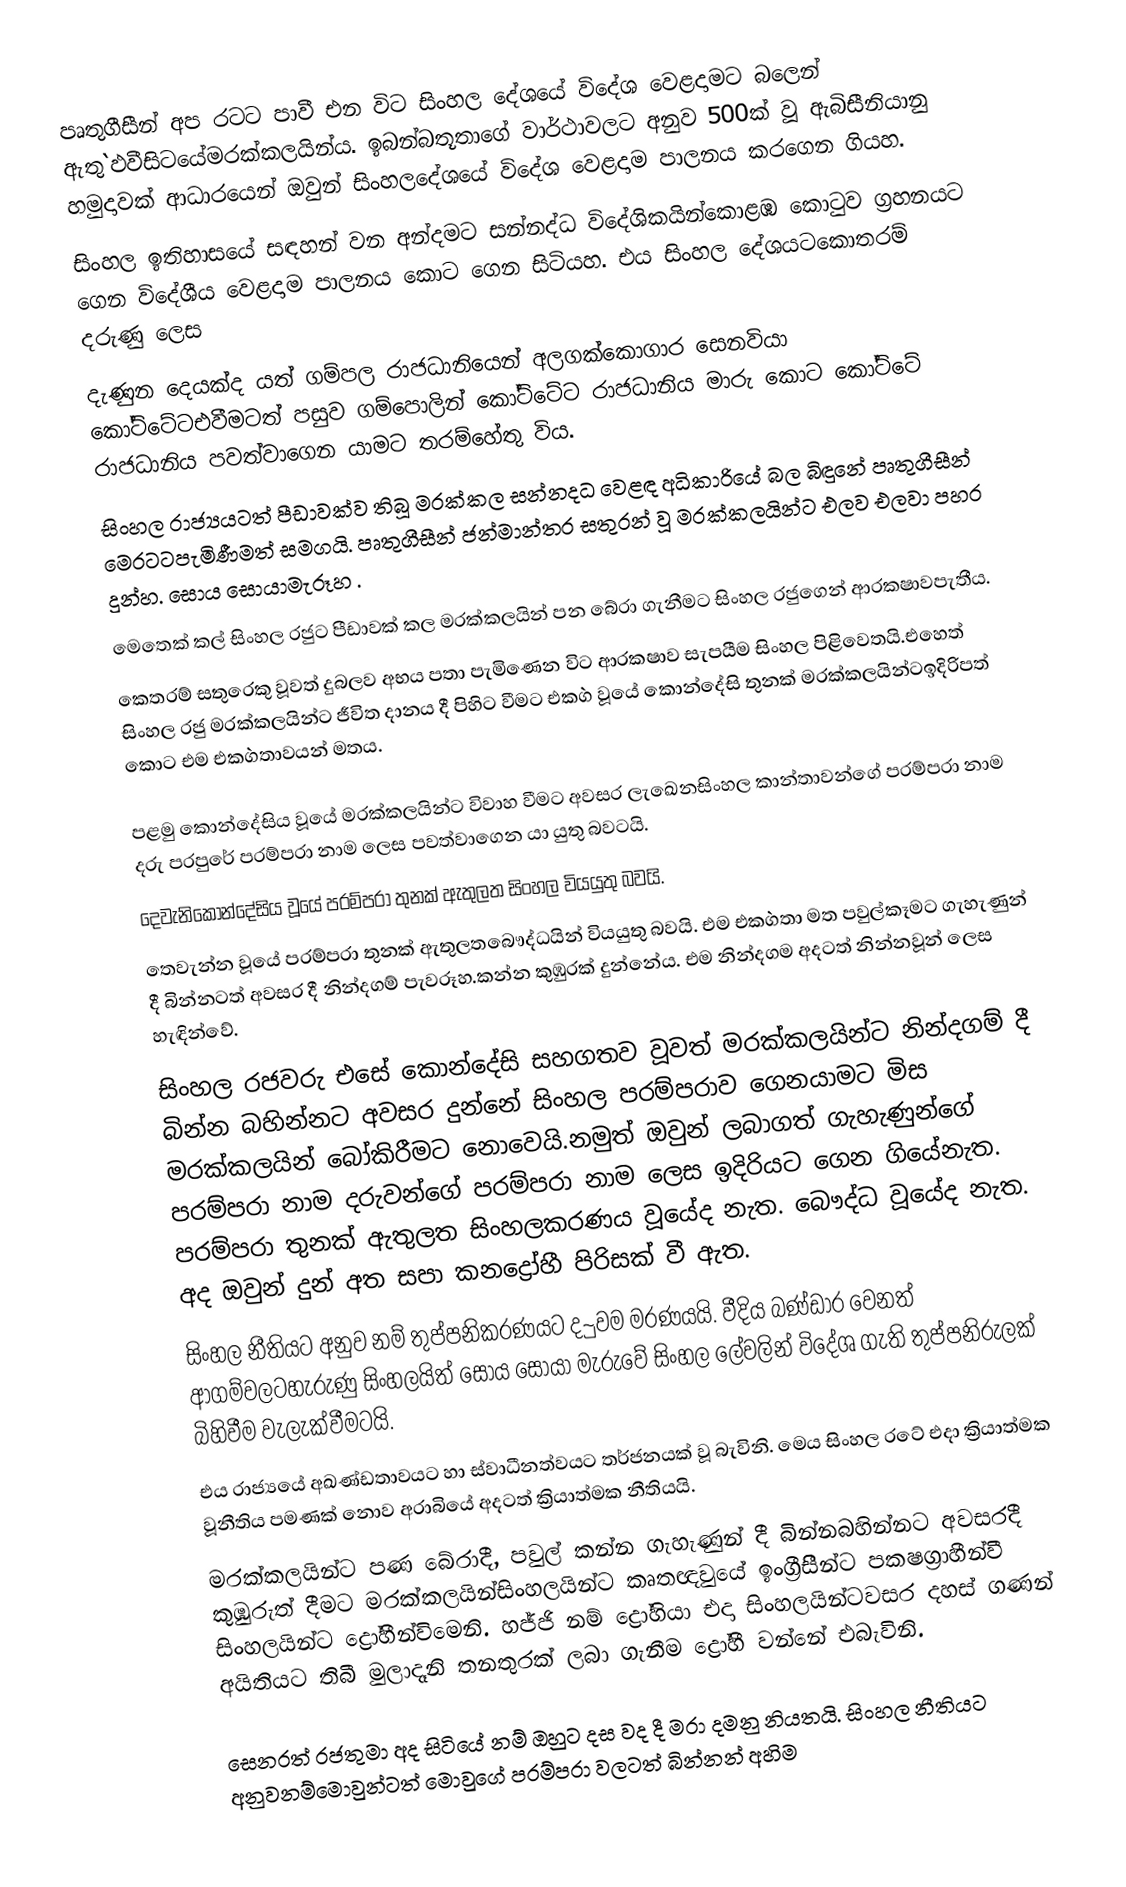
පෘතුගීසීන් අප රටට පාවී එන විට සිංහල දේශයේ විදේශ වෙළදාමට බලෙන් ඇතු`ඵවීසිටයේමරක්කලයින්ය. ඉබන්බතූතාගේ වාර්ථාවලට අනුව 500ක් වූ ඇබිසීනියානු හමුදාවක් ආධාරයෙන් ඔවුන් සිංහලදේශයේ විදේශ වෙළදාම පාලනය කරගෙන ගියහ.
සිංහල ඉතිහාසයේ සඳහන් වන අන්දමට සන්නද්ධ විදේශිකයින්කොළඹ කොටුව ග්‍රහනයට ගෙන විදේශීය වෙළදාම පාලනය කොට ගෙන සිටියහ. එය සිංහල දේශයටකොතරම් දරුණු ලෙස
දැණුන දෙයක්ද යත් ගම්පල රාජධානියෙන් අලගක්කොගාර සෙනවියා කෝට්ටේටඑවීමටත් පසුව ගම්පොලින් කෝට්ටේට රාජධානිය මාරු කොට කෝට්ටේ රාජධානිය පවත්වාගෙන යාමට තරම්හේතු විය.
සිංහල රාජ්‍යයටත් පීඩාවක්ව තිබූ මරක්කල සන්නදධ වෙළඳ අධිකාරියේ බල බිඳුනේ පෘතුගීසීන් මෙරටටපැමිණීමත් සමගයි. පෘතුගීසීන් ජන්මාන්තර සතුරන් වූ මරක්කලයින්ට එලව එලවා පහර දුන්හ. සොය සොයාමැරූහ .
මෙතෙක් කල් සිංහල රජුට පීඩාවක් කල මරක්කලයින් පන බේරා ගැනීමට සිංහල රජුගෙන් ආරක‍ෂාවපැතීය.
කෙතරම් සතුරෙකු වූවත් දුබලව අභය පතා පැමිණෙන විට ආරක‍ෂාව සැපයීම සිංහල පිළිවෙතයි.එහෙත් සිංහල රජු මරක්කලයින්ට ජීවිත දානය දී පිහිට වීමට එක`ග වූයේ කොන්දේසි තුනක් මරක්කලයින්ටඉදිරිපත් කොට එම එක`ගතාවයන් මතය.

පළමු කොන්දේසිය වූයේ මරක්කලයින්ට විවාහ වීමට අවසර ලැඛෙනසිංහල කාන්තාවන්ගේ පරම්පරා නාම දරු පරපුරේ පරම්පරා නාම ලෙස පවත්වාගෙන යා යුතු බවටයි.
දෙවැනිකොන්දේසිය වූයේ පරම්පරා තුනක් ඇතුලත සිංහල වියයුතු බවයි.
තෙවැන්න වූයේ පරම්පරා තුනක් ඇතුලතබෞද්ධයින් වියයුතු බවයි. එම එක`ගතා මත පවුල්කෑමට ගැහැණුන් දී බින්නටත් අවසර දී නින්දගම් පැවරූහ.කන්න කුඹුරක් දුන්නේය. එම නින්දගම අදටත් නින්නවූන් ලෙස හැඳින්වේ.
සිංහල රජවරු එසේ කොන්දේසි සහගතව වූවත් මරක්කලයින්ට නින්දගම් දී බින්න බහින්නට අවසර දුන්නේ සිංහල පරම්පරාව ගෙනයාමට මිස මරක්කලයින් බෝකිරීමට නොවෙයි.නමුත් ඔවුන් ලබාගත් ගැහැණුන්ගේ පරම්පරා නාම දරුවන්ගේ පරම්පරා නාම ලෙස ඉදිරියට ගෙන ගියේනැත. පරම්පරා තුනක් ඇතුලත සිංහලකරණය වූයේද නැත. බෞද්ධ වූයේද නැත. අද ඔවුන් දුන් අත සපා කනද්‍රෝහී පිරිසක් වී ඇත.
සිංහල නීතියට අනුව නම් තුප්පනිකරණයට ද~ුවම මරණයයි. වීදිය බණ්ඩාර වෙනත් ආගම්වලටහැරුණු සිංහලයිත් සොය සොයා මැරුවේ සිංහල ලේවලින් විදේශ ගැති තුප්පනිරුලක් බිහිවීම වැලැක්වීමටයි.
එය රාජ්‍යයේ අඛණ්ඩතාවයට හා ස්වාධීනත්වයට තර්ජනයක් වූ බැවිනි. මෙය සිංහල රටේ එදා ක්‍රියාත්මක වූනීතිය පමණක් නොව අරාබියේ අදටත් ක්‍රියාත්මක නීතියයි.
මරක්කලයින්ට පණ බේරාදී, පවුල් කන්න ගැහැණුන් දී බින්නබහින්නට අවසරදී කුඹුරුත් දීමට මරක්කලයින්සිංහලයින්ට කෘතඥවුයේ ඉංග්‍රීසිීන්ට පක‍ෂග්‍රාහීන්වී සිංහලයින්ට ද්‍රෝහීන්විමෙනි. හජ්ජි නම් ද්‍රෝහියා එදා සිංහලයින්ටවසර දහස් ගණන් අයිතියට තිබී මුලාදෑනි තනතුරක් ලබා ගැනීම ද්‍රෝහී වන්නේ එබැවිනි.

සෙනරත් රජතුමා අද සිටියේ නම් ඔහුට දස වද දී මරා දමනු නියතයි. සිංහල නීතියට අනුවනම්මොවුන්ටත් මොවුගේ පරම්පරා වලටත් බින්නන් අහිම